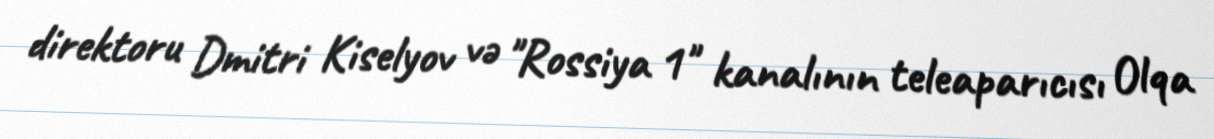
direktoru Dmitri Kiselyov və "Rossiya 1" kanalının teleaparıcısı Olqa